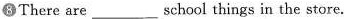
8 There are ___school things in the store.